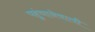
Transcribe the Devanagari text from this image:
पहुंचानेवाली